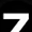
Digit: 7